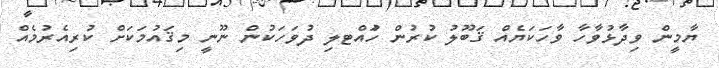
ޔާމީން ވިދާޅުވާހާ ވާހަކަޔެއް ޤަބޫލު ކުރުން ހުައްޓލި ދުވަހަކުން ނޫނީ މިޤައުމަކަށް ކުރިއެރުމެއް